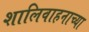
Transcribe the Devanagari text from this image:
शालिवाहनाच्या